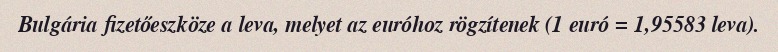
Bulgária fizetőeszköze a leva, melyet az euróhoz rögzítenek (1 euró = 1,95583 leva).